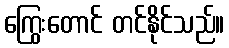
ကြွေးတောင် တင်နိုင်သည်။